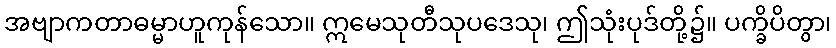
အဗျာကတာဓမ္မာဟူကုန်သော။ ဣမေသုတီသုပဒေသု၊ ဤသုံးပုဒ်တို့၌။ ပက္ခိပိတွာ၊